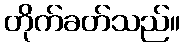
တိုက်ခတ်သည်။